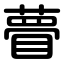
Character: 瞢